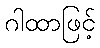
ဂါထာဖြင့်